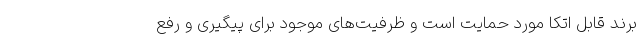
برند قابل اتکا مورد حمایت است و ظرفیت‌های موجود برای پیگیری و رفع